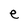
Character: e